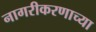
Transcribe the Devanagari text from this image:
नागरीकरणाच्या